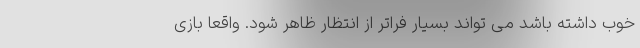
خوب داشته باشد می تواند بسیار فراتر از انتظار ظاهر شود. واقعا بازی